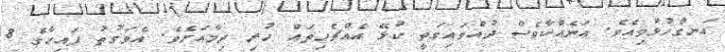
އަނގްހުޅުވިއެވެ. އަނެއްކާވެސް ދުއްވައިގަތީ ކުޅޭ އެއްޗެހިތައް ހުރި ދިމާއަށެވެ. އެވަގުތު ފައިހާގެ 8